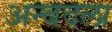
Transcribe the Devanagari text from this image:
अन्बदला